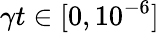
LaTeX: \gamma t\in[0,10^{-6}]